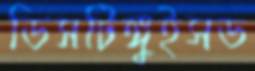
ডিসটিঙ্গুইসড